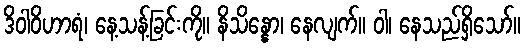
ဒိဝါဝိဟာရံ၊ နေ့သန့်ခြင်းကို။ နိသိန္နော၊ နေလျက်။ ဝါ၊ နေသည်ရှိသော်။